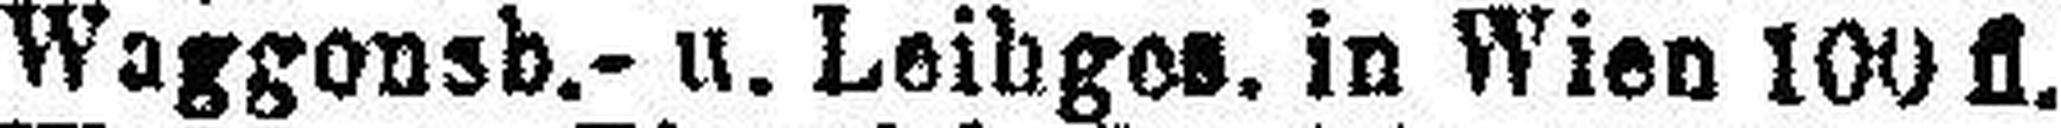
Waggonsb.- u. Leibgos. in Wien 100 fl.